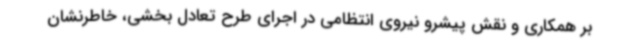
بر همکاری و نقش پیشرو نیروی انتظامی در اجرای طرح تعادل بخشی، خاطرنشان